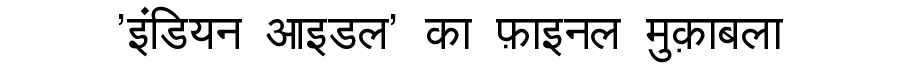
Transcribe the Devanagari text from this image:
'इंडियन आइडल' का फ़ाइनल मुक़ाबला